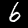
Label: 6